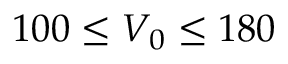
1 0 0 \leq V _ { 0 } \leq 1 8 0